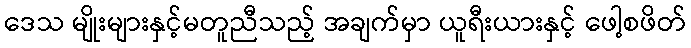
ဒေသ မျိုးများနှင့်မတူညီသည့် အချက်မှာ ယူရီးယားနှင့် ဖေါ့စဖိတ်